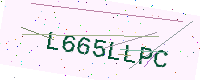
Text: L665LLPC